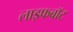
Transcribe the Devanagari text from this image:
लाइफबाॅट